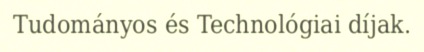
Tudományos és Technológiai díjak.